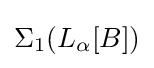
\Sigma _{1}(L_{\alpha }[B])